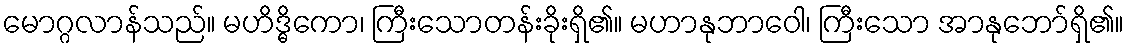
မောဂ္ဂလာန်သည်။ မဟိဒ္ဓိကော၊ ကြီးသောတန်းခိုးရှိ၏။ မဟာနုဘာဝေါ၊ ကြီးသော အာနုဘော်ရှိ၏။